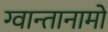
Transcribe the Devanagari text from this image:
ग्वान्तानामो